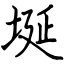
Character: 埏